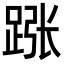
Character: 𬦵